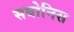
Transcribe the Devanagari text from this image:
सबोनिस